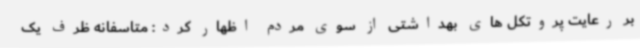
بر رعایت پروتکل های بهداشتی از سوی مردم اظهار کرد: متاسفانه ظرف یک